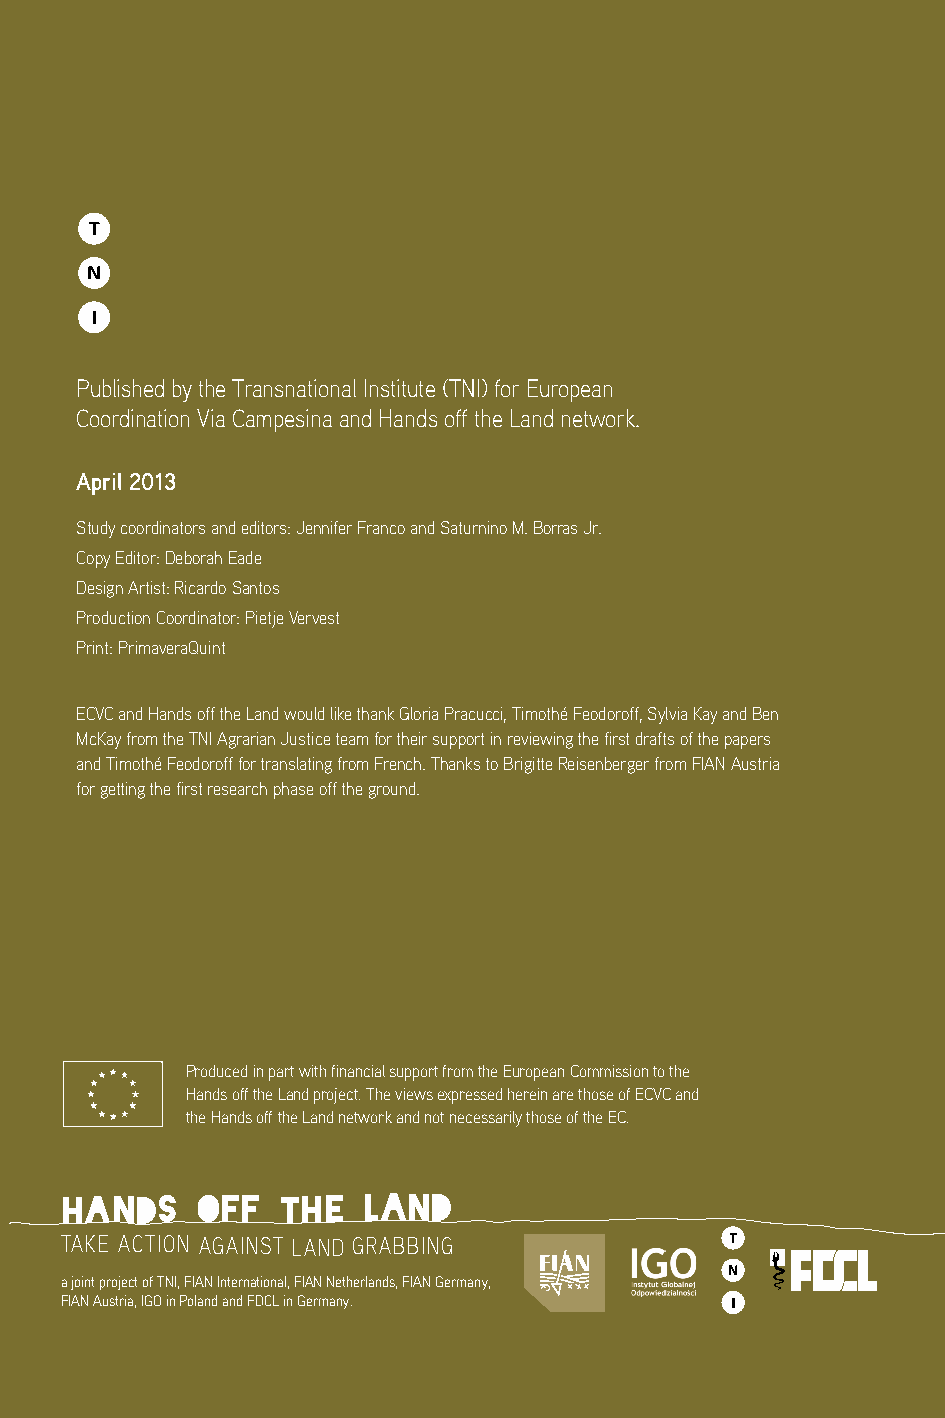
Published by the Transnational institute (Tni) for european
 coordination Via campesina and Hands off the land network.
 April 2013
 study coordinators and editors: Jennifer Franco and saturnino M. borras Jr.
 copy editor: deborah eade
 design artist: ricardo santos
 Production coordinator: Pietje Vervest
 Print: PrimaveraQuint
 ecVc and Hands off the land would like thank gloria Pracucci, Timothé Feodoroff, sylvia kay and ben
 Mckay from the Tni agrarian Justice team for their support in reviewing the first drafts of the papers
 and Timothé Feodoroff for translating from French. Thanks to brigitte reisenberger from Fian austria
 for getting the first research phase off the ground.
 Produced in part with financial support from the european commission to the
 Hands off the land project. The views expressed herein are those of ecVc and
 the Hands off the land network and not necessarily those of the ec.
 Hands    off   tHe  Land
 Take acTion againsT land grabbing
 a joint project of TNI, FIAN International, FIAN Netherlands, FIAN Germany,
 FIAN Austria, IGO in Poland and FDCL in Germany.